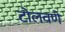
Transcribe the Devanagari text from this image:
टोलवणे